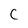
Character: C